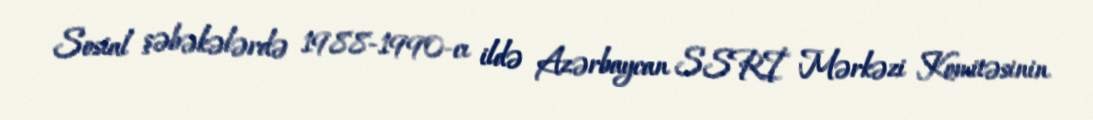
Sosial şəbəkələrdə 1988-1990-cı ildə Azərbaycan SSRİ Mərkəzi Komitəsinin